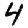
Digit: 4